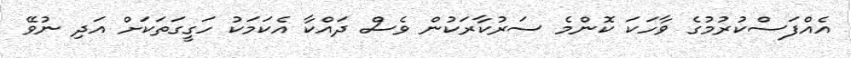
އެއްފަސްކުރުމުގެ ވާހަކަ ކޮންމެ ސަރުކާރަކުން ވެސް ދައްކާ އެކަމަކު ހަގީގަތަކަށް އަދި ނުވޭ